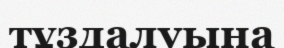
тұздалуына